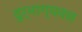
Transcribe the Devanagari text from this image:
दुर्भाग्यवस